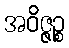
အဝိဇ္ဇဉ္စ